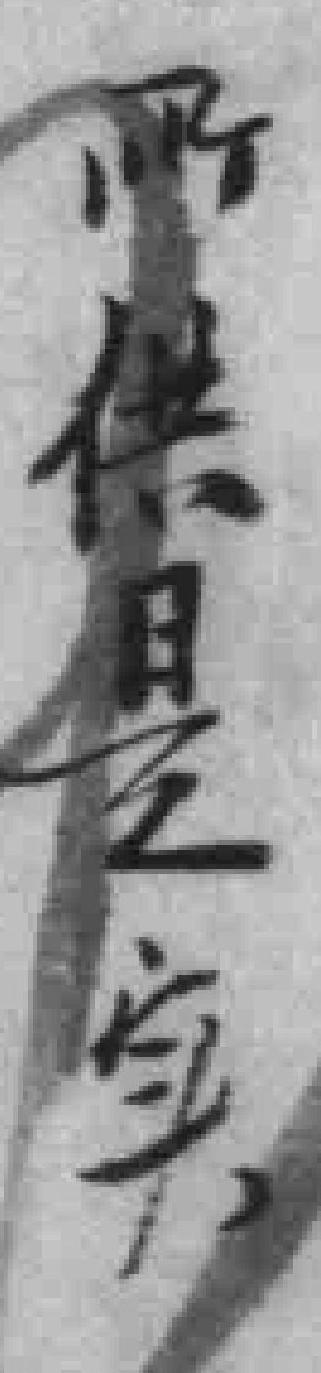
所供是实